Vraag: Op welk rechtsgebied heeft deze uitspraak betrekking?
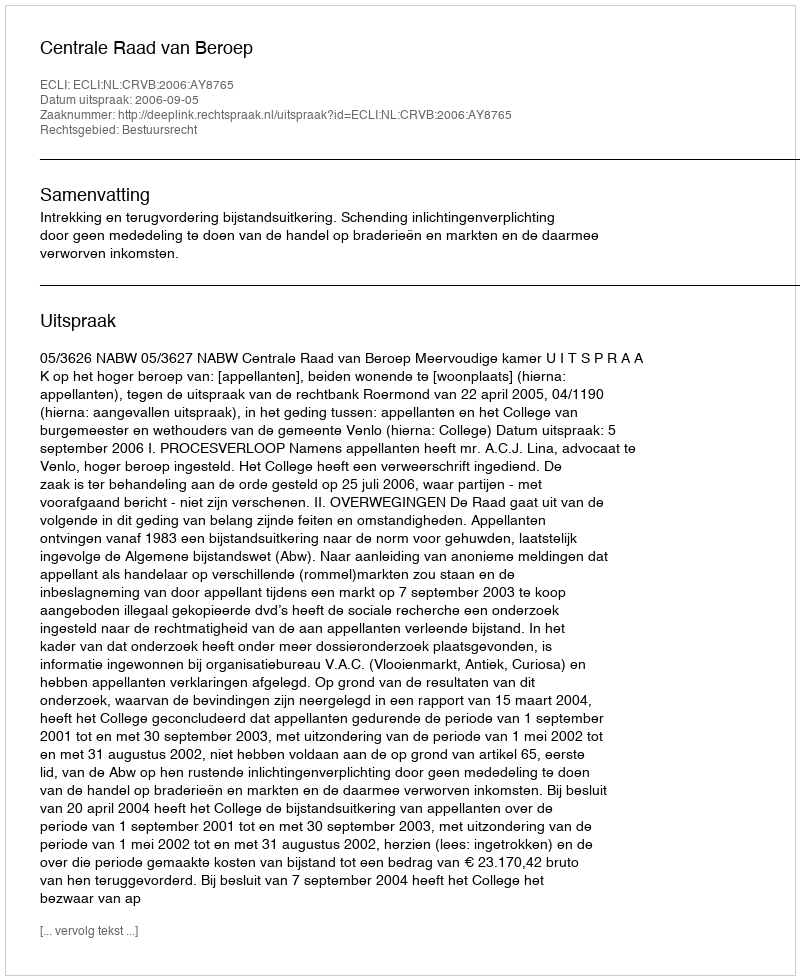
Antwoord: Bestuursrecht